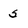
Character: 5